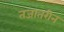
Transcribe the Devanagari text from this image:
तजातरीन